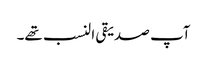
آپ صدیقی النسب تھے۔